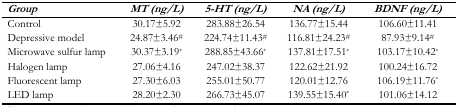
| Group | MT (ng/L) | 5-HT (ng/L) | NA (ng/L) | BDNF (ng/L) |
 | --- | --- | --- | --- | --- |
 | Control | 30.17±5.92 | 283.88±26.54 | 136.77±15.44 | 106.60±11.41 |
 | Depressive model | 24.87±3.46# | 224.74±11.43# | 116.81±24.23# | 87.93±9.14# |
 | Microwave sulfur lamp | 30.37±3.19* | 288.85±43.66* | 137.81±17.51* | 103.17±10.42* |
 | Halogen lamp | 27.06±4.16 | 247.02±38.37 | 122.62±21.92 | 100.24±16.72 |
 | Fluorescent lamp | 27.30±6.03 | 255.01±50.77 | 120.01±12.76 | 106.19±11.76* |
 | LED lamp | 28.20±2.30 | 266.73±45.07 | 139.55±15.40* | 101.06±14.12 |